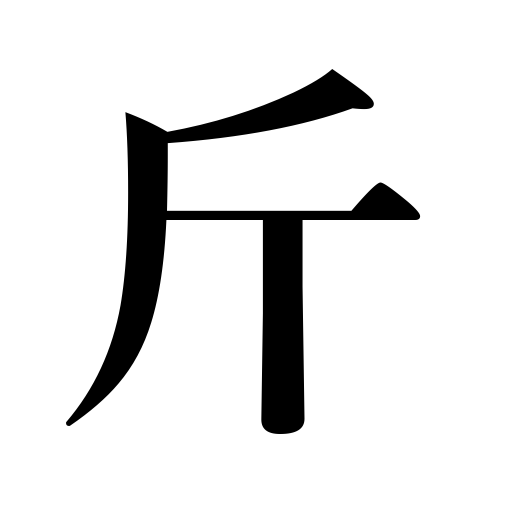
Meanings: axe,catty,1.1/3 pounds